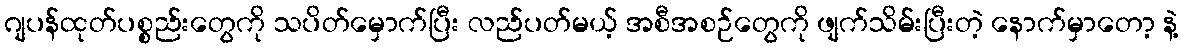
ဂျပန်ထုတ်ပစ္စည်းတွေကို သပိတ်မှောက်ပြီး လည်ပတ်မယ့် အစီအစဉ်တွေကို ဖျက်သိမ်းပြီးတဲ့ နောက်မှာတော့ နဲ့